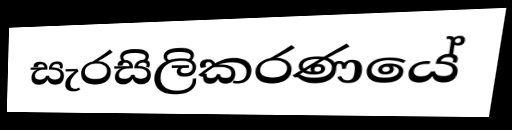
සැරසිලිකරණයේ